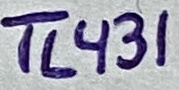
Text: TL431